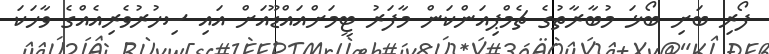
ފޯރިި ބަށި ބޯޅަ މުބާރާތުގެ ޗެމްޕިއަންކަން މާފަރު ޓީމަށްއައްޑޫއަށް އައި ސިހުރުވެރިއެއްގެ ވާހަކަ